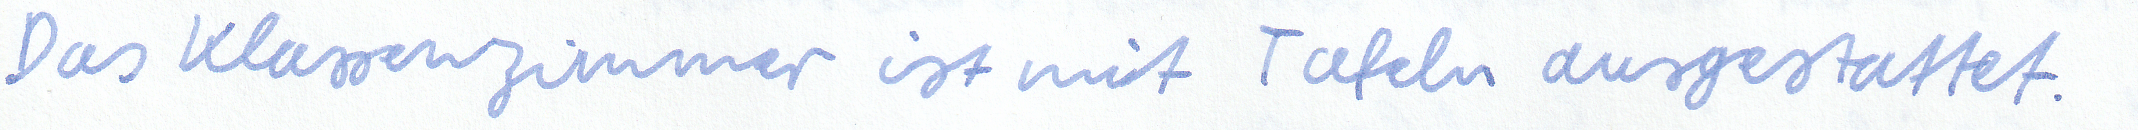
Das Klassenzimmer ist mit Tafeln ausgestattet.